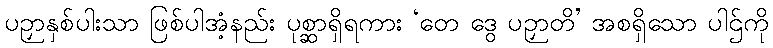
ပဉှာနှစ်ပါးသာ ဖြစ်ပါအံ့နည်း ပုစ္ဆာရှိရကား ‘တေ ဒွေ ပဉှာတိ’ အစရှိသော ပါဌ်ကို